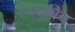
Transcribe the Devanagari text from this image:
टेक्युबिन